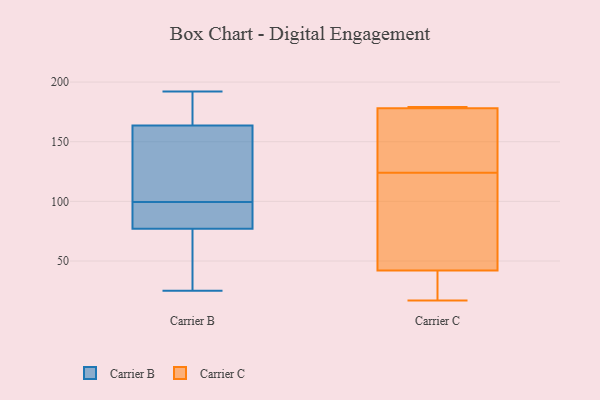
{"axis": {"x": "Page Views", "y": "Value"}, "legend": ["Carrier B", "Carrier C"], "data": [{"x": "", "y": 165, "type": "Carrier B"}, {"x": "", "y": 111, "type": "Carrier B"}, {"x": "", "y": 98, "type": "Carrier B"}, {"x": "", "y": 85, "type": "Carrier B"}, {"x": "", "y": 192, "type": "Carrier B"}, {"x": "", "y": 101, "type": "Carrier B"}, {"x": "", "y": 187, "type": "Carrier B"}, {"x": "", "y": 89, "type": "Carrier B"}, {"x": "", "y": 162, "type": "Carrier B"}, {"x": "", "y": 177, "type": "Carrier B"}, {"x": "", "y": 120, "type": "Carrier B"}, {"x": "", "y": 167, "type": "Carrier B"}, {"x": "", "y": 135, "type": "Carrier B"}, {"x": "", "y": 39, "type": "Carrier B"}, {"x": "", "y": 97, "type": "Carrier B"}, {"x": "", "y": 36, "type": "Carrier B"}, {"x": "", "y": 79, "type": "Carrier B"}, {"x": "", "y": 60, "type": "Carrier B"}, {"x": "", "y": 75, "type": "Carrier B"}, {"x": "", "y": 25, "type": "Carrier B"}, {"x": "", "y": 179, "type": "Carrier C"}, {"x": "", "y": 17, "type": "Carrier C"}, {"x": "", "y": 28, "type": "Carrier C"}, {"x": "", "y": 178, "type": "Carrier C"}, {"x": "", "y": 103, "type": "Carrier C"}, {"x": "", "y": 179, "type": "Carrier C"}, {"x": "", "y": 164, "type": "Carrier C"}, {"x": "", "y": 126, "type": "Carrier C"}, {"x": "", "y": 42, "type": "Carrier C"}, {"x": "", "y": 122, "type": "Carrier C"}]}